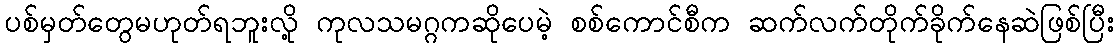
ပစ်မှတ်တွေမဟုတ်ရဘူးလို့ ကုလသမဂ္ဂကဆိုပေမဲ့ စစ်ကောင်စီက ဆက်လက်တိုက်ခိုက်နေဆဲဖြစ်ပြီး